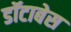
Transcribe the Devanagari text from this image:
डॉटाबेस